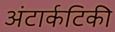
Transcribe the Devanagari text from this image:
अंटार्कटिकी